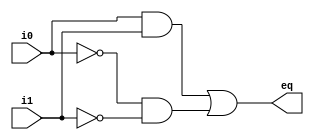
module bit_one_cmp(
	input wire i0,i1,
	output wire eq
	);
	wire p1,p2;
	assign eq = p1 | p2;
	assign p1=i0 & i1;
	assign p2= ~i0 & ~i1;
			

endmodule


module bit_two_cmp(
	input [1:0] A,B,
	output wire eq2
	);
	wire e1,e2;
	bit_one_cmp for_first(.i0(A[1]),.i1(B[1]),.eq(e1));
	bit_one_cmp for_sec(.i0(A[0]),.i1(B[0]),.eq(e2));
	assign eq2 = e1 & e2;
	// initial begin
	// 	$monitor(eq2);
	// end
endmodule

module bit_four_cmp(
	input wire clk,
	input [3:0] x,
	input wire [1:0] check,
	output wire eq
	);
	reg [3:0] A,B;
	wire e1,e2;
	always @(posedge clk) begin
		if (check[0]==1) begin
			A<=x;
			
		end
		else if (check[1]==1) begin
			B<=x;
		end
	end

	bit_two_cmp for_first(.A(A[3:2]),.B(B[3:2]),.eq2(e1));
	bit_two_cmp for_sec(.A(A[1:0]),.B(B[1:0]),.eq2(e2));
	assign eq = e1 & e2;

	
endmodule